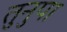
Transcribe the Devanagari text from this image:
तुनुपा